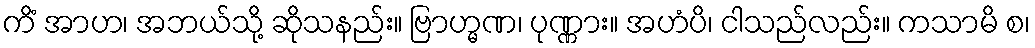
ကိံ အာဟ၊ အဘယ်သို့ ဆိုသနည်း။ ဗြာဟ္မဏ၊ ပုဏ္ဏား။ အဟံပိ၊ ငါသည်လည်း။ ကသာမိ စ၊